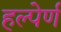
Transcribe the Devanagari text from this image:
हल्पेर्ण